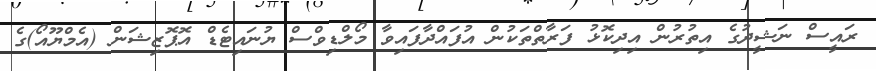
ރައީސް ނަޝީދުގެ އިތުރުން އިދިކޮޅު ފަރާތްތަކުން އުފައްދާފައިވާ މޯލްޑިވްސް ޔުނައިޓެޑް އޮޕޮޒިޝަން (އެމްޔޫއޯ)ގެ